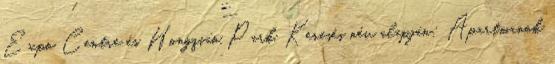
Expo Centre és Hongqiao Park. Keresés név alapján: Apartmanok